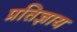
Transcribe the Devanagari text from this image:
प्रतिज्ञाय